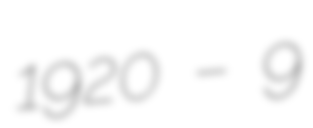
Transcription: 1920 – 9